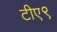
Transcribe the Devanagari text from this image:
टीए९